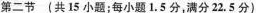
第二节 (共15小题；每小题1.5分，满分22.5分)